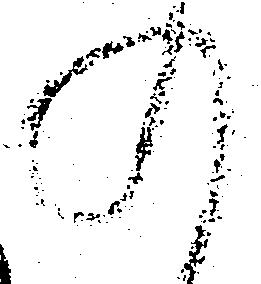
入